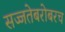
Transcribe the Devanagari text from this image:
सज्जतेबरोबरच